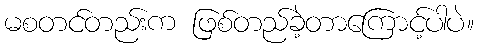
မစတင်တည်းက ဖြစ်တည်ခဲ့တာကြောင့်ပါပဲ။